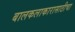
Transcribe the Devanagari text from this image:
बालकलाकारासाठीचा